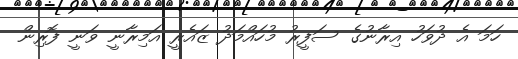
ހަމަ އެ ދުވަހު އިރާނުގެ ސަފީރު މުހައްމަދު ޒައެރީ އަމިރާނީ ވަނީ ފޮރިން